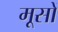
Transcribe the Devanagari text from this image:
मूसों